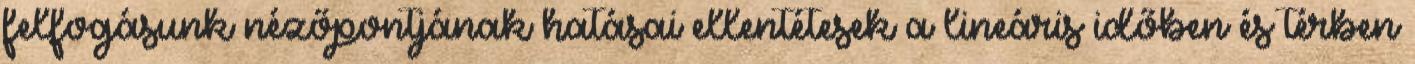
felfogásunk nézőpontjának hatásai ellentétesek a lineáris időben és térben